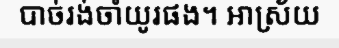
បាច់រង់ចាំយូរផង។ អាស្រ័យ